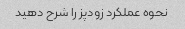
نحوه عملکرد زودپز را شرح دهید